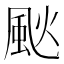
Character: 𩖧